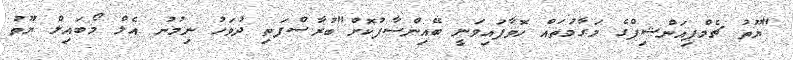
"ޔޫތު ޗެމްޕިއަންޝިޕްގެ މަގާމުތައް ހޮވާފައިވަނީ ބޭއިންސާފުކޮށް"ބުރާސްފަތި ދުވަހު ނިމުނު އެލް މޯބައިލް ޔޫތު